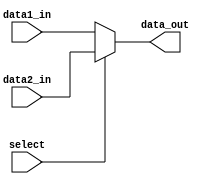
module MUX_32bit(    
    data1_in,
    data2_in,
    select,
    data_out
);

input [31:0] data1_in, data2_in;
input select;
output [31:0] data_out;

assign data_out = (select) ? data2_in : data1_in;

endmodule